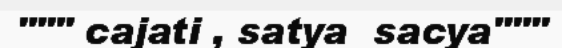
""" cajati , satya  sacya"""